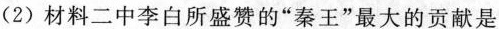
(2)材料二中李白所盛赞的”秦王”最大的贡献是